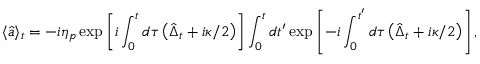
\langle \hat { a } \rangle _ { t } = - i \eta _ { p } \exp \left[ i \int _ { 0 } ^ { t } d \tau \left( \hat { \Delta } _ { t } + i \kappa / 2 \right) \right] \int _ { 0 } ^ { t } d t ^ { \prime } \exp \left[ - i \int _ { 0 } ^ { t ^ { \prime } } d \tau \left( \hat { \Delta } _ { t } + i \kappa / 2 \right) \right] ,